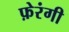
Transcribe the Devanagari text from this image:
फ़ेरंगी